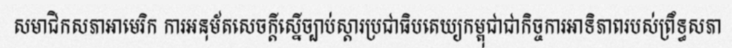
សមាជិកសភាអាមេរិក ការអនុម័តសេចក្តីស្នើច្បាប់ស្តារប្រជាធិបតេយ្យកម្ពុជាជាកិច្ចការអាទិភាពរបស់ព្រឹទ្ធសភា